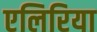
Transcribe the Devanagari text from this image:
एलिरिया